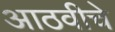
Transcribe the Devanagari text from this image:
आठवीचे